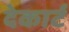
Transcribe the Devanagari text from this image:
देकार्ट